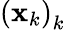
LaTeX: \left(\mathbf{x}_{k}\right)_{k}